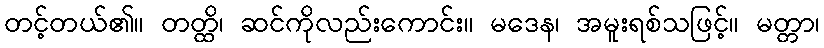
တင့်တယ်၏။ တတ္ထိ၊ ဆင်ကိုလည်းကောင်း။ မဒေန၊ အမူးရစ်သဖြင့်။ မတ္တာ၊